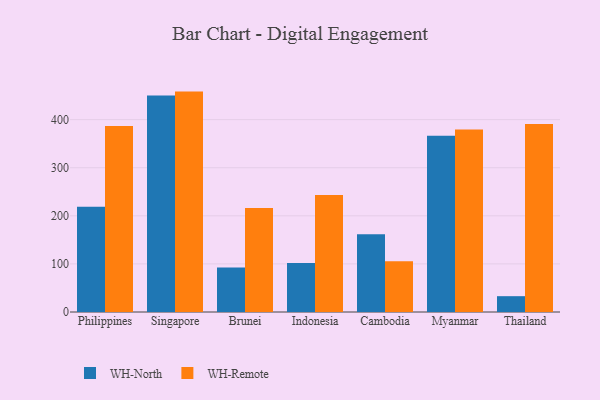
{"axis": {"x": "Country", "y": "Population (Million)"}, "legend": ["WH-North", "WH-Remote"], "data": [{"x": "Philippines", "y": 218.7, "type": "WH-North"}, {"x": "Philippines", "y": 386.8, "type": "WH-Remote"}, {"x": "Singapore", "y": 450.4, "type": "WH-North"}, {"x": "Singapore", "y": 458.3, "type": "WH-Remote"}, {"x": "Brunei", "y": 92.3, "type": "WH-North"}, {"x": "Brunei", "y": 216.0, "type": "WH-Remote"}, {"x": "Indonesia", "y": 102.0, "type": "WH-North"}, {"x": "Indonesia", "y": 243.2, "type": "WH-Remote"}, {"x": "Cambodia", "y": 161.5, "type": "WH-North"}, {"x": "Cambodia", "y": 105.3, "type": "WH-Remote"}, {"x": "Myanmar", "y": 366.3, "type": "WH-North"}, {"x": "Myanmar", "y": 379.5, "type": "WH-Remote"}, {"x": "Thailand", "y": 32.9, "type": "WH-North"}, {"x": "Thailand", "y": 390.9, "type": "WH-Remote"}]}